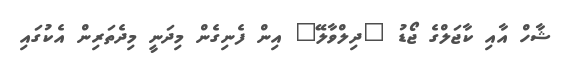
ޝާހް އާއި ކާޖަލްގެ ޖޯޑު "ދިލްވާލޭ" އިން ފެނިގެން މިދަނީ މިދެތަރިން އެކުގައި